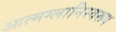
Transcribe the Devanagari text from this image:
आत्मग्लानिस्वरूप